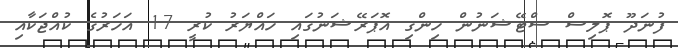
ފުނަދޫ ޕޮލިސް ސްޓޭޝަނުން ހިންގި އޮޕަރޭޝަނުގައި ހައްޔަރު ކުރީ 17 އަހަރުގެ ކުއްޖަކާއި